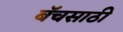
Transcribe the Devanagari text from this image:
बॅचसाठी